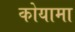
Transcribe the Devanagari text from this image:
कोयामा